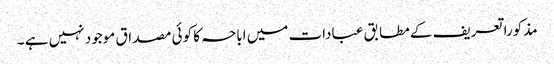
مذکورا تعریف کے مطابق عبادات میں اباحہ کا کوئی مصداق موجود نہیں ہے ۔